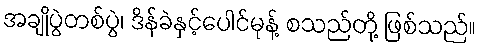
အချိုပွဲတစ်ပွဲ၊ ဒိန်ခဲနှင့်ပေါင်မုန့် စသည်တို့ ဖြစ်သည်။